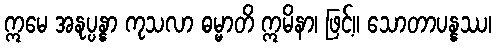
ဣမေ အနုပ္ပန္နာ ကုသလာ ဓမ္မာတိ ဣမိနာ၊ ဖြင့်။ သောတာပန္နဿ၊